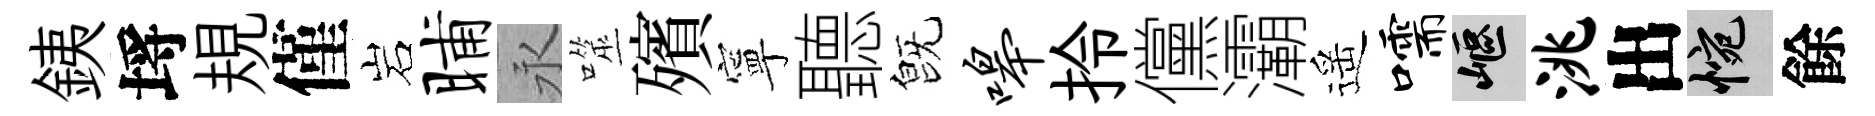
銕埓規僅岩晡永噬殯寧聽旣嗥拎儻灞遥嚅嶇洮出惋餘